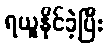
ရယူနိုင်ခဲ့ပြီး